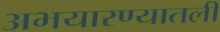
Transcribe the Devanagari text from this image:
अभयारण्यातली